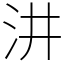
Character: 汫